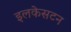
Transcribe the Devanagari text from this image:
इलकेसटन